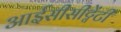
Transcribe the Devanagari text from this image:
आईसीसीट्वेंटी